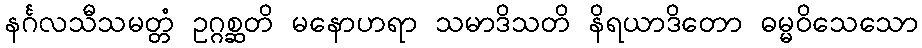
နင်္ဂလသီသမတ္တံ ဥဂ္ဂစ္ဆတိ မနောဟရာ သမာဒိသတိ နိရယာဒိတော ဓမ္မဝိသေသော